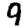
Digit: 9